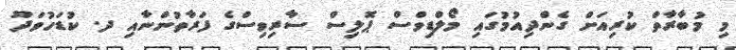
މި މުބާރާތް ކުރިއަށް ގެންދިއުމުގައި މޯލްޑިވްސް ޕޮލިސް ސާރިވިސްގެ ފަރާތުންނާއި ދ. ކުޑަހުވަދޫ